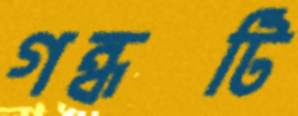
গন্ধটি